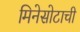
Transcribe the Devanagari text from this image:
मिनेसोटाची